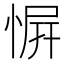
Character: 𪬑